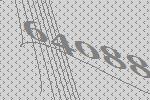
64088